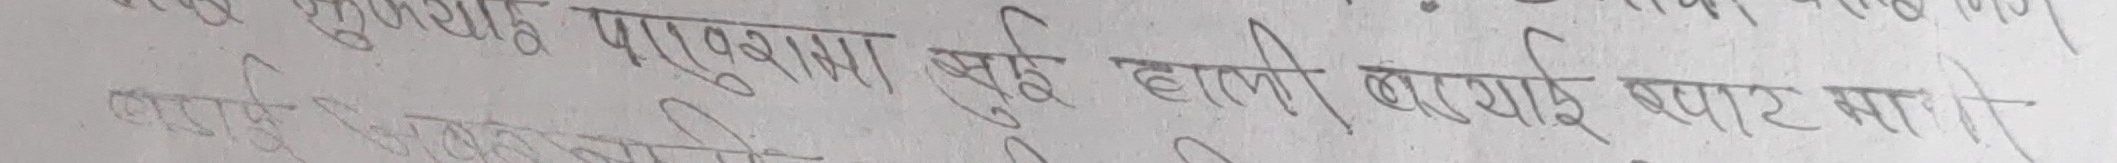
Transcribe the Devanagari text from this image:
पारूपाना खुबै हाती कराई सपाट भा